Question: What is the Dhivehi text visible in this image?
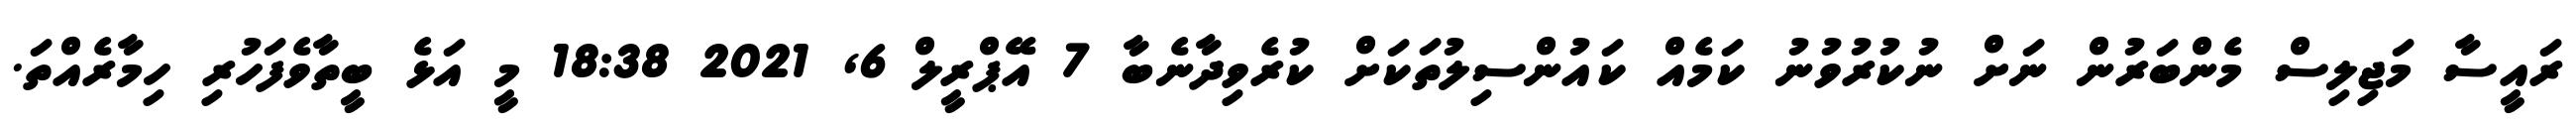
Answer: ރައީސާ މަޖިލިސް މެންބަރުން ނަށް ނުކުރުވުނު ކަމެއް ކައުންސިލުތަކަށް ކުރެވިދާނެބާ 7 އޭޕްރީލް 6, 2021 18:38 މީ އަޅެ ބީތާވެފަހުރި ހިމާރެއްތަ.